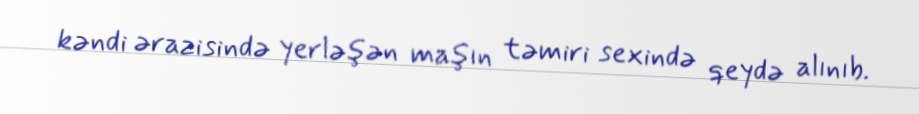
kəndi ərazisində yerləşən maşın təmiri sexində qeydə alınıb.